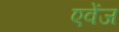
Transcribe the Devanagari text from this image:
एवेंज